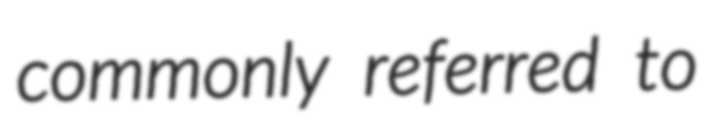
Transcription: commonly referred to